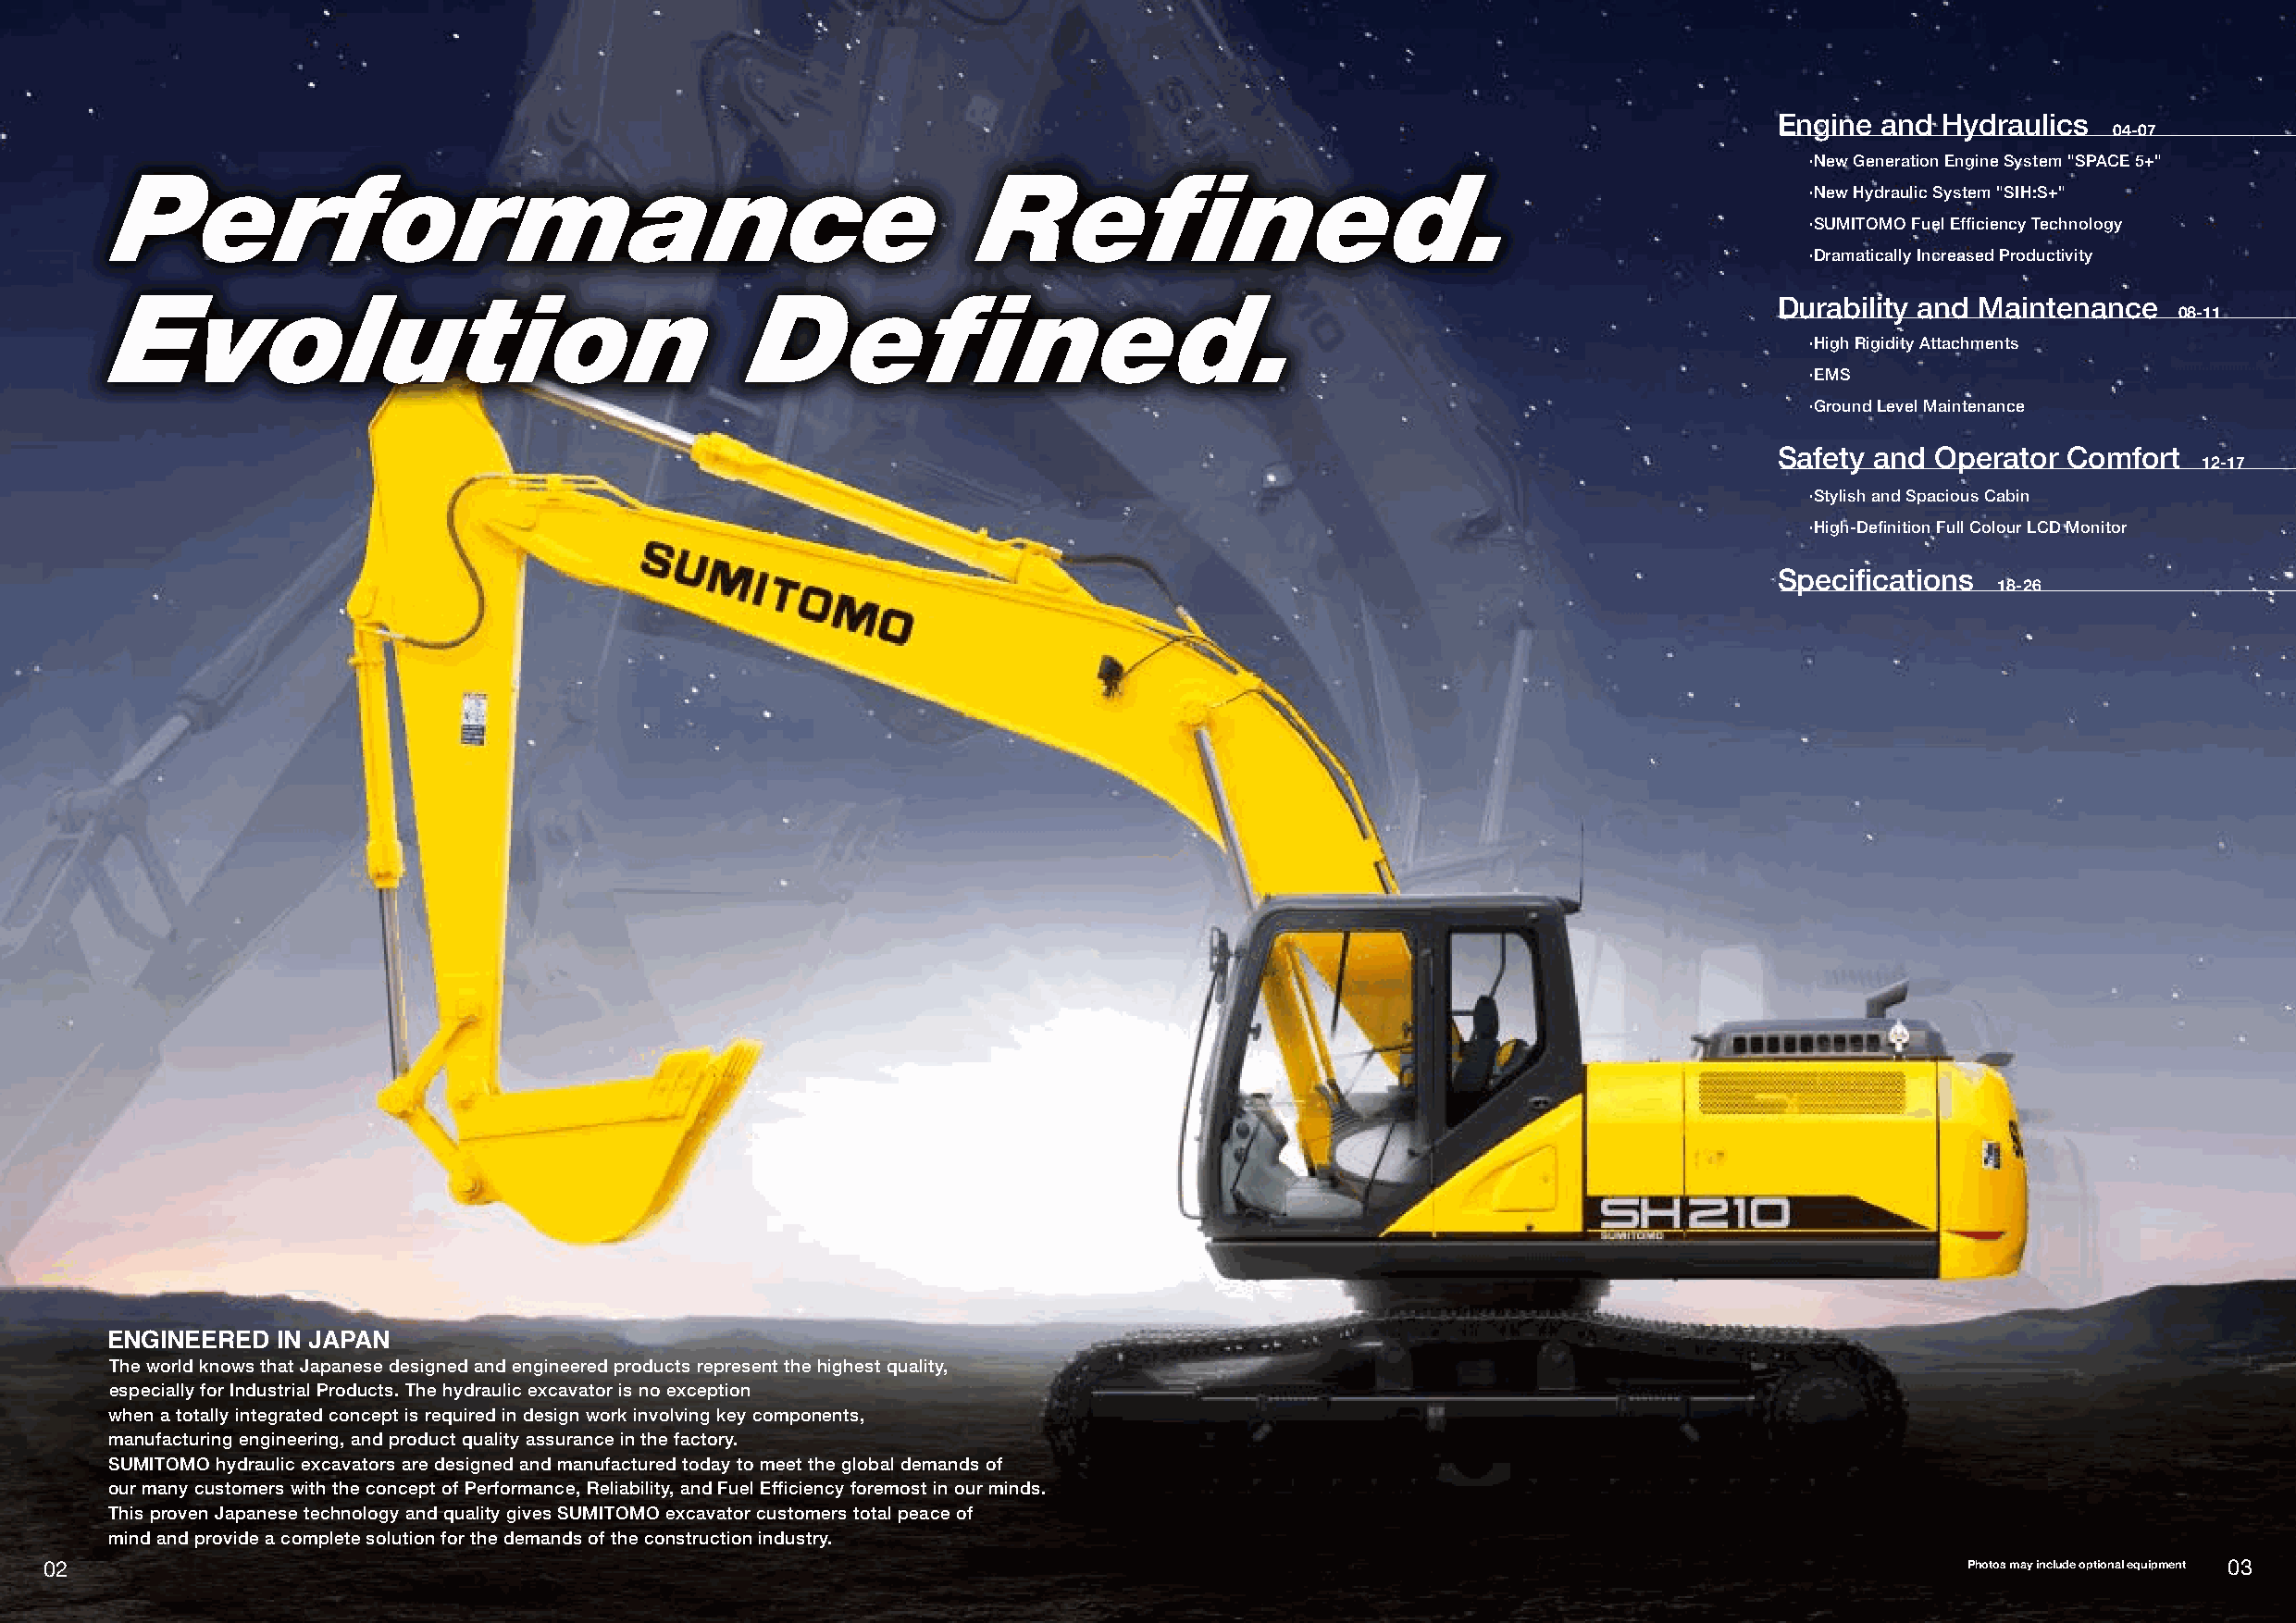
Engine  and Hydraulics
 04-07
 •New Generation Engine System "SPACE 5+"
 Performance                                                  Refined.
 •New Hydraulic System "SIH:S+"
 •SUMITOMO Fuel Efficiency Technology
 •Dramatically Increased Productivity
 Evolution                                     Defined.
 Durability and Maintenance
 08-11
 •High Rigidity Attachments
 •EMS
 •Ground Level Maintenance
 Safety and Operator  Comfort
 12-17
 •Stylish and Spacious Cabin
 •High-Definition Full Colour LCD Monitor
 Specifications
 18-26
 ENGINEERED  IN JAPAN
 The world knows that Japanese designed and engineered products represent the highest quality,
 especially for Industrial Products. The hydraulic excavator is no exception
 when a totally integrated concept is required in design work involving key components,
 manufacturing engineering, and product quality assurance in the factory.
 SUMITOMO hydraulic excavators are designed and manufactured today to meet the global demands of
 our many customers with the concept of Performance, Reliability, and Fuel Efficiency foremost in our minds.
 This proven Japanese technology and quality gives SUMITOMO excavator customers total peace of
 mind and provide a complete solution for the demands of the construction industry.
 02                                                                                                                                        Photos may include optional equipment 03